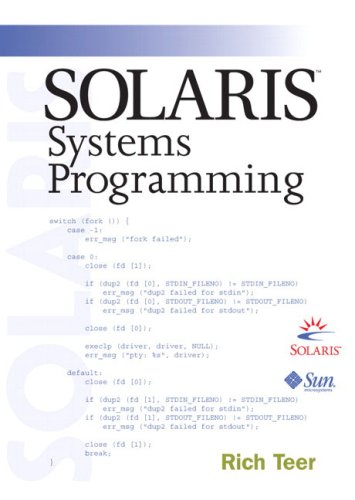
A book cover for Solaris Systems Programming; Rich Teer; Computers & Technology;